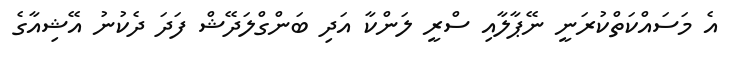
އެ މަސައްކަތްކުރަނީ ނޭޕާލާއި ސްރީ ލަންކާ އަދި ބަންގްލަދޭޝް ފަދަ ދެކުނު އޭޝިއާގެ